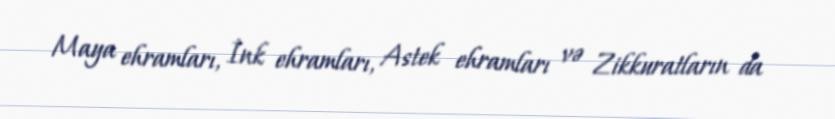
Maya ehramları, İnk ehramları, Astek ehramları və Zikkuratların da